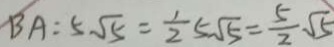
B A : 5 \sqrt { 5 } = \frac { 1 } { 2 } 5 \sqrt { 5 } = \frac { 5 } { 2 } \sqrt { 5 }